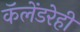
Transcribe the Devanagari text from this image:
कॅलेंडरेही